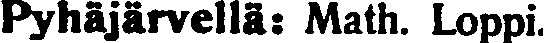
Pyhäjärvellä- Math. Loppi.